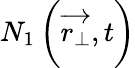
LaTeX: N_{1}\left(\overrightarrow{r_{\perp}},t\right)